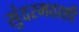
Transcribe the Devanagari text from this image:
सुंदरमठाशी